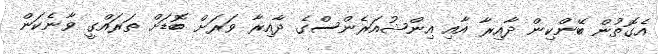
އެގޮތުން ބޭންކިން ދާއިރާ އާއި އިންޝުއަރެންސްގެ ދާއިރާ ވަރަށް ބޮޑަށް ތަރައްގީ ވާނެކަން